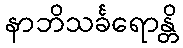
နာဘိသင်္ခရောန္တိ